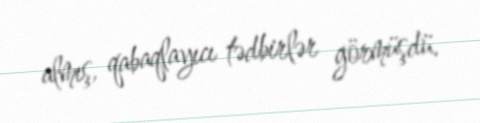
almış, qabaqlayıcı tədbirlər görmüşdü.